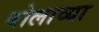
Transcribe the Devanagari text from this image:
बोलाव्या